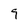
Character: 9